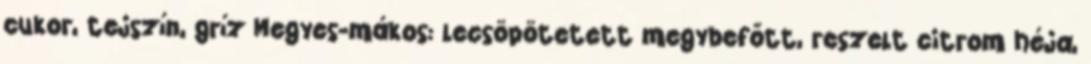
cukor, tejszín, gríz Megyes-mákos: lecsöpötetett megybefőtt, reszelt citrom héja,